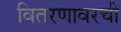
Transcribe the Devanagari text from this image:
वितरणावरची